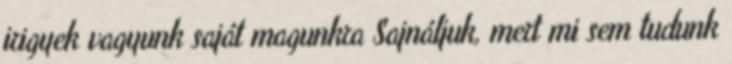
irigyek vagyunk saját magunkra Sajnáljuk, mert mi sem tudunk